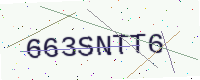
Text: 663SNTT6